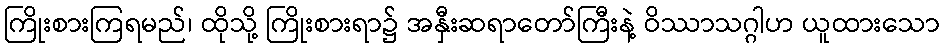
ကြိုးစားကြရမည်၊ ထိုသို့ ကြိုးစားရာ၌ အနှီးဆရာတော်ကြီးနဲ့ ဝိဿာသဂ္ဂါဟ ယူထားသော